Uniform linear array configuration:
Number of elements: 16
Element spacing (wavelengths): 1
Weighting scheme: hann
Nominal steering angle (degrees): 45
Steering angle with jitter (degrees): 45.531
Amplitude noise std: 0.05
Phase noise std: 0.05

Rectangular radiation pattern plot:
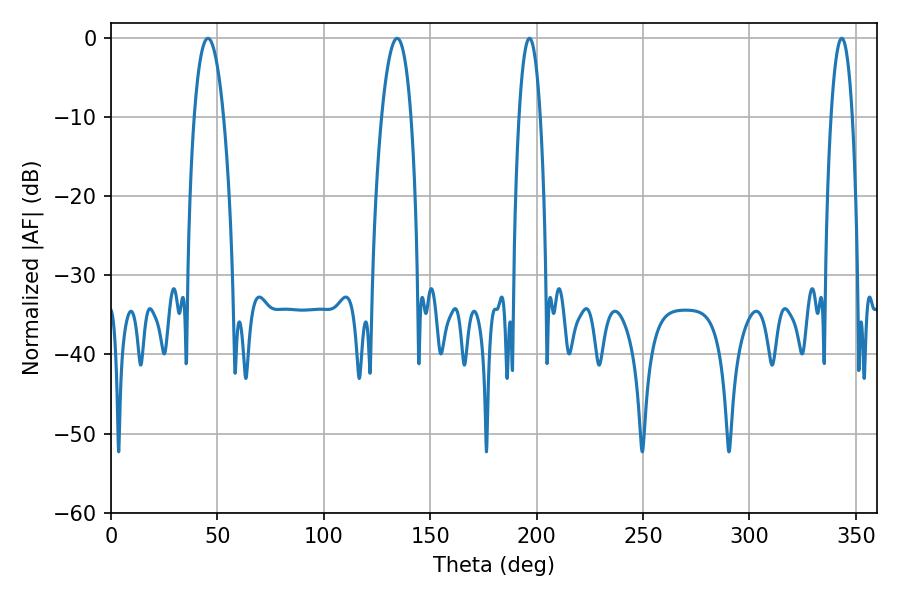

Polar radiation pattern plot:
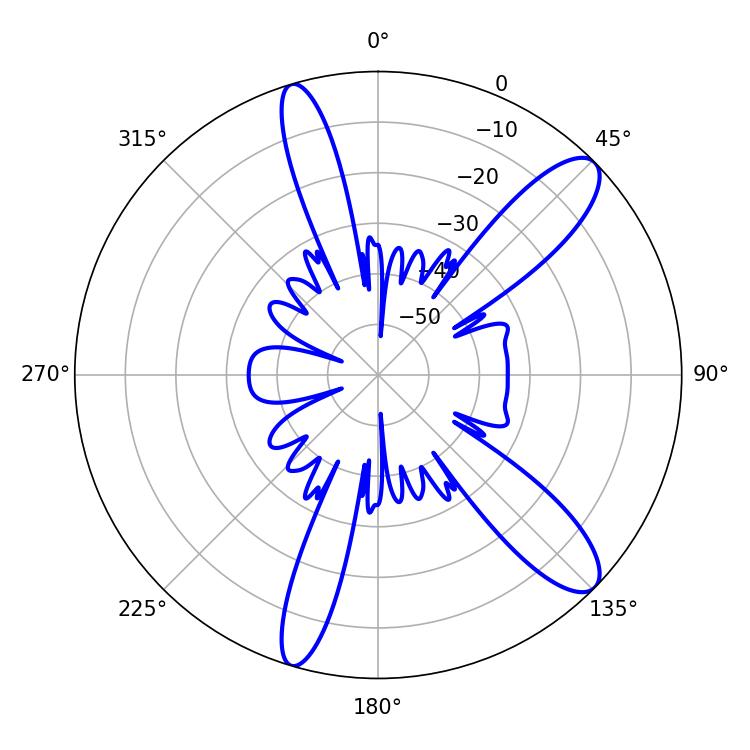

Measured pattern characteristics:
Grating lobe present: TRUE
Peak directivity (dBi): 11.379
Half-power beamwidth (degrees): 7.74
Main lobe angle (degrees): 45.54